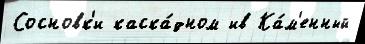
Сосновк'и каска́дном ив Ка́м'енный